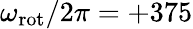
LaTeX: \omega_{\mathrm{rot}}/2\pi=+375